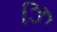
ઝિ